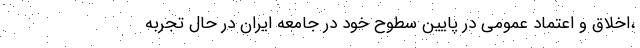
،اخلاق و اعتماد عمومی در پایین سطوح خود در جامعه ایران در حال تجربه